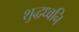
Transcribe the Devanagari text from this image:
शुद्धध्वनि